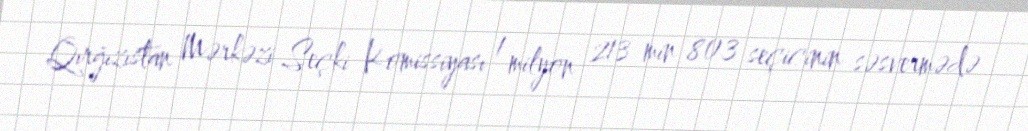
Qırğızıstan Mərkəzi Seçki Komissiyası 1 milyon 213 min 803 seçicinin səsvermədə